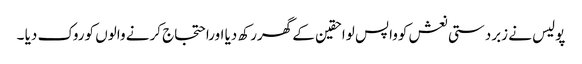
پولیس نے زبردستی نعش کوواپس لواحقین کے گھررکھ دیا اوراحتجاج کرنے والوں کوروک دیا ۔